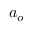
\boldsymbol { a } _ { o }